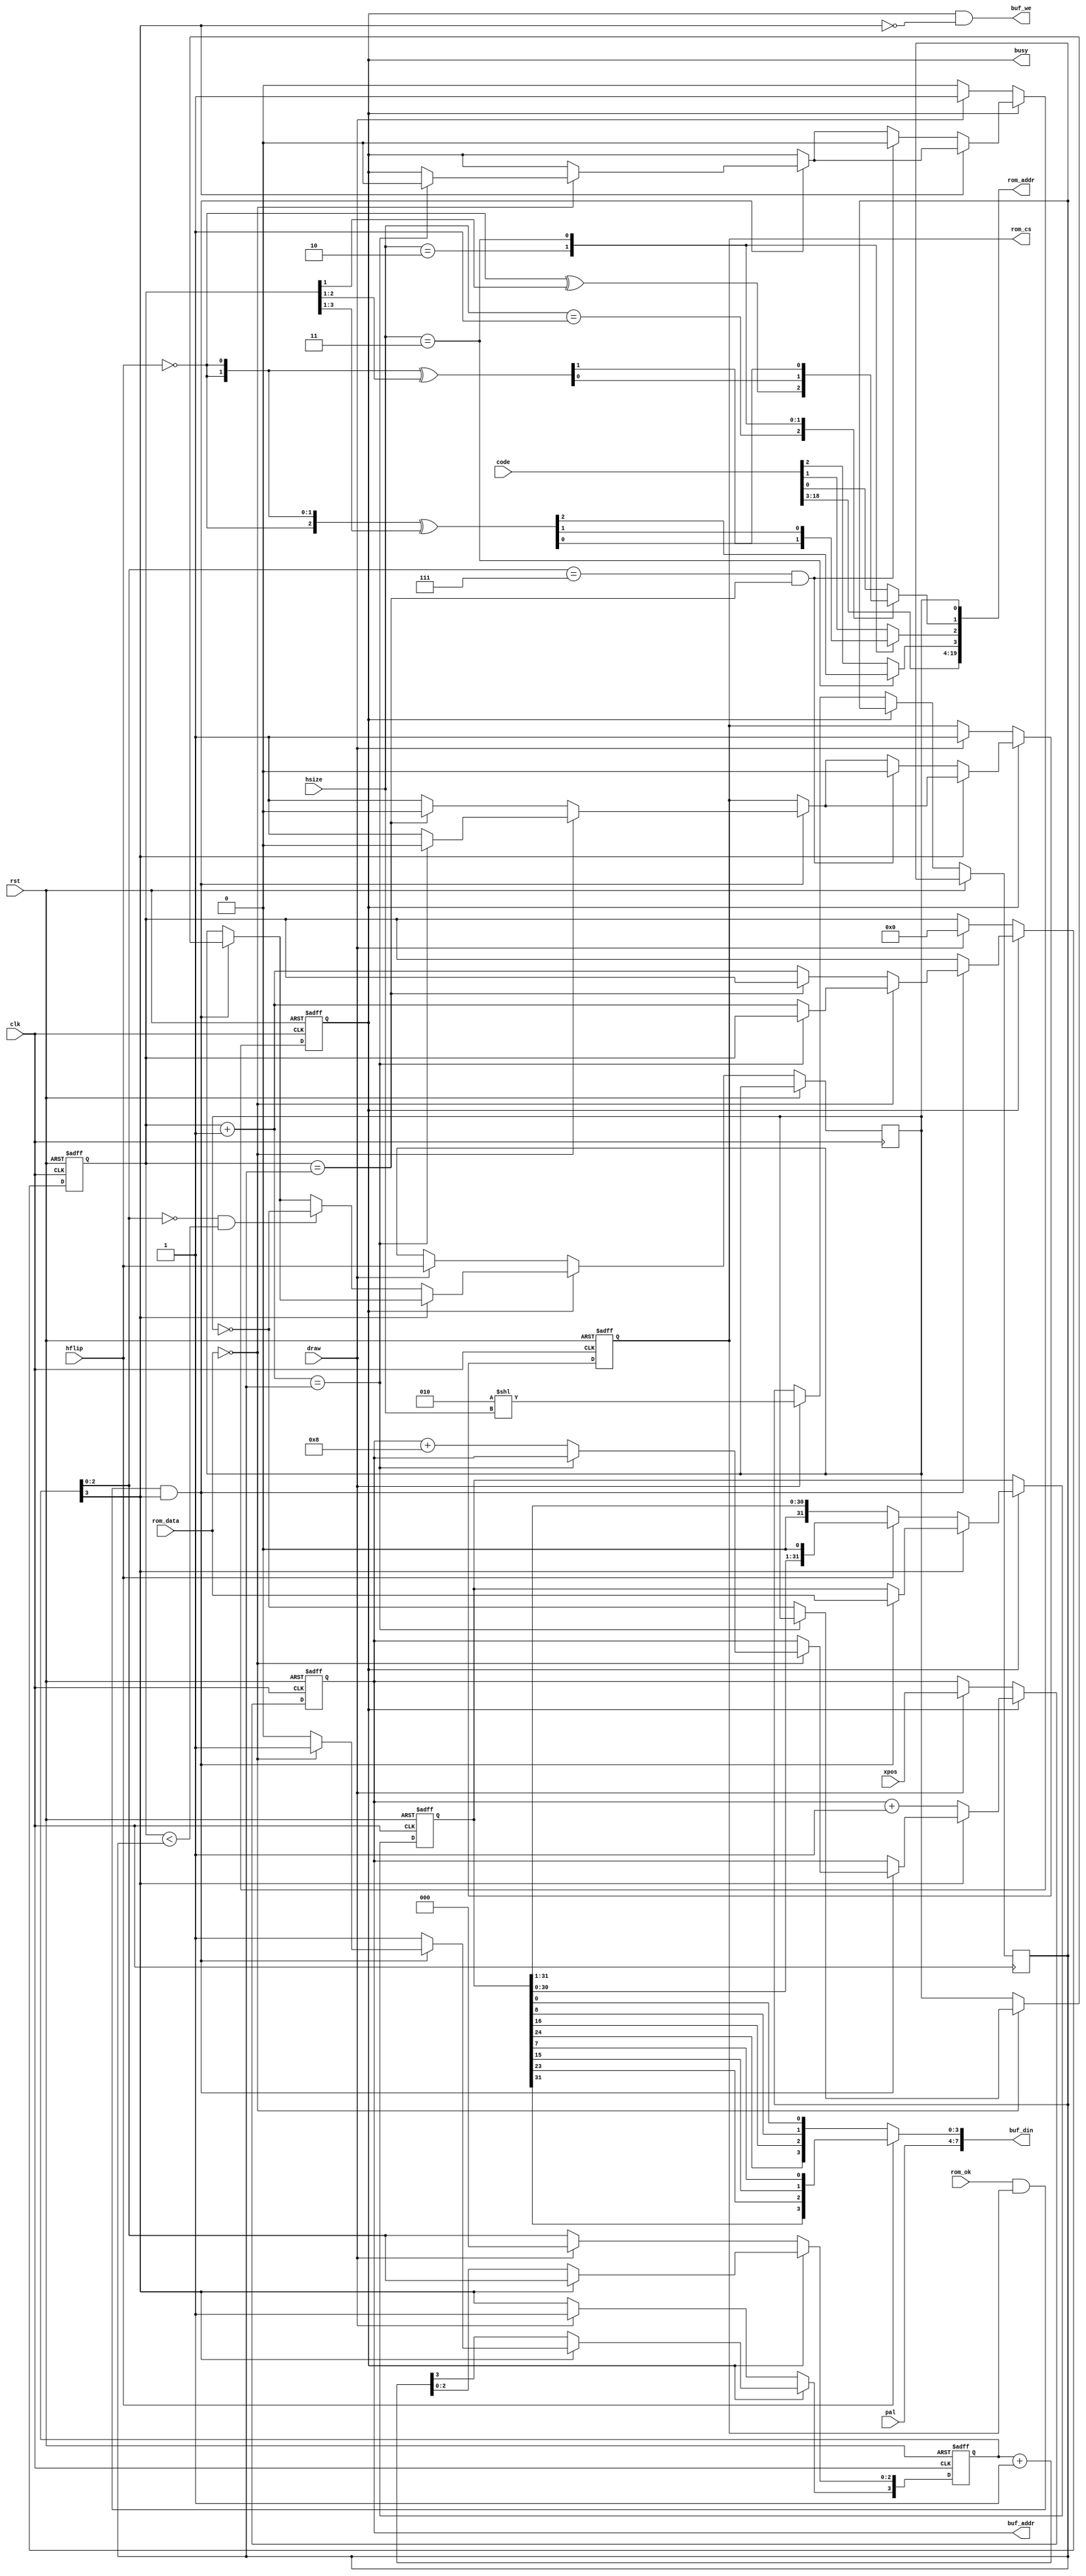
/*  This file is part of JTFRAME.
    JTFRAME program is free software: you can redistribute it and/or modify
    it under the terms of the GNU General Public License as published by
    the Free Software Foundation, either version 3 of the License, or
    (at your option) any later version.

    JTFRAME program is distributed in the hope that it will be useful,
    but WITHOUT ANY WARRANTY; without even the implied warranty of
    MERCHANTABILITY or FITNESS FOR A PARTICULAR PURPOSE.  See the
    GNU General Public License for more details.

    You should have received a copy of the GNU General Public License
    along with JTFRAME.  If not, see <http://www.gnu.org/licenses/>.

    Author: Jose Tejada Gomez. Twitter: @topapate
    Version: 1.0
    Date: 30-8-2023 */

// Draws one line of a 16x16 tile
// It could be extended to 32x32 easily

module jttwin16_draw#( parameter
    CW       = 19,    // code width
    PW       =  8,    // pixel width (lower four bits come from ROM)
    KEEP_OLD =  0,    // slows down drawing to be compatible with jtframe_obj_buffer's KEEP_OLD parameter
    SWAPH    =  0
)(
    input               rst,
    input               clk,

    input               draw,
    output reg          busy,
    input    [CW-1:0]   code,
    input      [ 8:0]   xpos,

    // optional zoom, keep at zero for no zoom
    input               hflip,
    input         [1:0] hsize,
    input      [PW-5:0] pal,

    output reg [CW+2:2] rom_addr,
    output reg          rom_cs,
    input               rom_ok,
    input      [31:0]   rom_data,

    output reg [ 8:0]   buf_addr,
    output              buf_we,
    output     [PW-1:0] buf_din
);

// Each tile is 16x16 and comes from the same ROM
// but it looks like the sprites have the two 8x16 halves swapped

reg      [31:0] pxl_data;
reg             rom_lsb;
reg      [ 3:0] cnt;
reg      [ 4:0] hcnt, hmax;
wire     [ 4:0] nx_hcnt;
wire     [ 3:0] pxl;
reg             cen=0;
wire            cntover;

assign nx_hcnt = hcnt+4'd1;
assign buf_din = { pal, pxl };
assign pxl     = hflip ?
    { pxl_data[31], pxl_data[23], pxl_data[15], pxl_data[ 7] } :
    { pxl_data[24], pxl_data[16], pxl_data[ 8], pxl_data[ 0] };

assign buf_we   = busy & ~cnt[3];

always @* begin
    rom_addr = { code, rom_lsb^SWAPH[0]};
    case( hsize )
        1: rom_addr[3]   = ~hflip^hcnt[1];    //  32px wide
        2: rom_addr[4:3] = {2{~hflip}}^hcnt[2:1];  //  64
        3: rom_addr[5:3] = {3{~hflip}}^hcnt[3:1];  // 128
        default:;
    endcase
end

always @(posedge clk) cen <= ~cen;

always @(posedge clk, posedge rst) begin
    if( rst ) begin
        rom_cs   <= 0;
        buf_addr <= 0;
        pxl_data <= 0;
        busy     <= 0;
        cnt      <= 0;
        hcnt     <= 0;
    end else begin
        if( !busy ) begin
            if( draw ) begin
                rom_lsb  <= hflip; // 14+4 = 18 (+2=20)
                rom_cs   <= 1;
                busy     <= 1;
                cnt      <= 8;
                hcnt     <= 0;
                buf_addr <= xpos;
                hmax     <= 2<<hsize;
            end
        end else if(KEEP_OLD==0 || cen || cnt[3] ) begin
            // cen is required when old buffer data must be preserved but it
            // slows down the process. That wait is not needed while cnt[3]
            // is high, so it can be used to gain back some time
            if( rom_ok && rom_cs && cnt[3]) begin
                pxl_data <= rom_data;
                if( rom_data==0 ) begin
                    if( nx_hcnt==hmax ) begin
                        rom_cs <= 0;
                        busy   <= 0;
                    end else begin // blank chunk, move to next
                        hcnt     <= nx_hcnt;
                        rom_lsb <= ~rom_lsb;
                        buf_addr <= buf_addr+9'd8;
                        rom_cs   <= 1;
                    end
                end else begin // normal drawing
                    cnt[3]   <= 0;
                    if( hcnt==hmax ) begin
                        rom_cs <= 0;
                    end else begin
                        hcnt   <= nx_hcnt;
                        rom_cs <= 1;
                    end
                end
            end
            if( !cnt[3] ) begin
                cnt      <= cnt+1'd1;
                pxl_data <= hflip ? pxl_data << 1 : pxl_data >> 1;
                buf_addr <= buf_addr+1'd1;
                if( cnt[2:0]==0 && hcnt<hmax ) begin
                    rom_lsb <= ~rom_lsb;
                end
                if( cnt[2:0]==7 && hcnt==hmax ) begin
                    busy   <= 0;
                    rom_cs <= 0;
                end
            end
        end
    end
end

endmodule